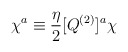
\begin{align*}\chi^a \equiv {\eta \over 2} [Q^{(2)}]^a \chi\end{align*}